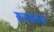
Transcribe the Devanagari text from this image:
सातसतक